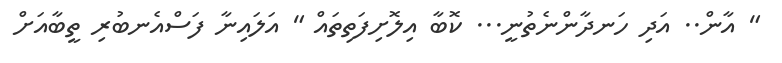
" އާން.. އަދި ހަނދާންނެތުނީ... ކޮބާ އިލޮށިފަތިތައް " އަލައިނާ ފަސްއެނބުރި ތީބާއަށް